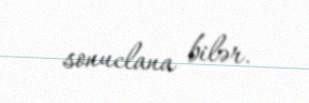
sonuclana bilər.